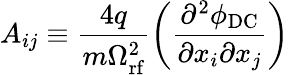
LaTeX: A_{ij}\equiv\frac{4q}{m\Omega_{\textrm{rf}}^{2}}\left(\frac{\partial^{2}\phi_{\textrm{DC}}}{\partial x_{i}\partial x_{j}}\right)